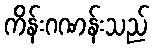
ကိန်းဂဏန်းသည်